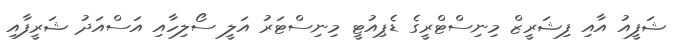
ޝަފީއު އާއި ފިޝަރީޒް މިނިސްޓްރީގެ ޑެޕިއުޓީ މިނިސްޓަރު އަލީ ސޯލިހާއި އަސްއަދު ޝަރީފާއި